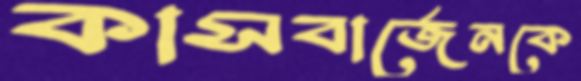
কাসবার্জেনকে